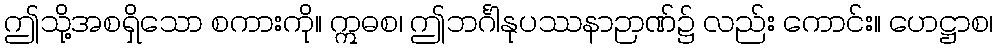
ဤသို့အစရှိသော စကားကို။ ဣဓစ၊ ဤဘင်္ဂါနုပဿနာဉာဏ်၌ လည်း ကောင်း။ ဟေဋ္ဌာစ၊